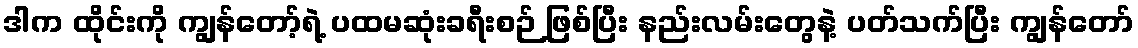
ဒါက ထိုင်းကို ကျွန်တော့်ရဲ့ ပထမဆုံးခရီးစဉ် ဖြစ်ပြီး နည်းလမ်းတွေနဲ့ ပတ်သက်ပြီး ကျွန်တော်